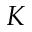
K